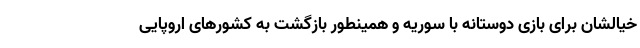
خیالشان برای بازی دوستانه با سوریه و همینطور بازگشت به کشورهای اروپایی